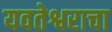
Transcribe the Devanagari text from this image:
यवतेश्वराचा